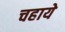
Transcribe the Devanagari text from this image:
चहाये